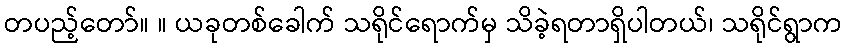
တပည့်တော်။ ။ ယခုတစ်ခေါက် သရိုင်ရောက်မှ သိခဲ့ရတာရှိပါတယ်၊ သရိုင်ရွာက